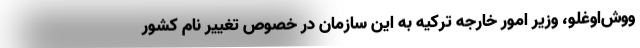
ووش‌اوغلو، وزیر امور خارجه ترکیه به این سازمان در خصوص تغییر نام کشور